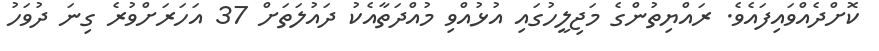
ކޮށްދެއްވައިފައެވެ. ރައްޔިތުންގެ މަޖިލީހުގައި އުޅުއްވި މުއްދަތާއެކު ދައުލަތަށް 37 އަހަރަށްވުރެ ގިނަ ދުވަހު